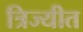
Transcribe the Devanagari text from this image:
त्रिज्यीत